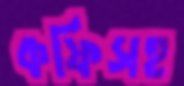
কফিসহ